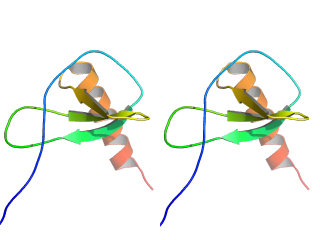
pymol, stereo, crosseye, preset publication